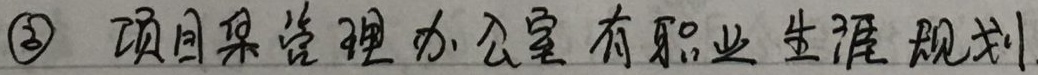
\textcircled{3} 项目集管理办公室有职业生涯规划